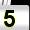
Digit: 5